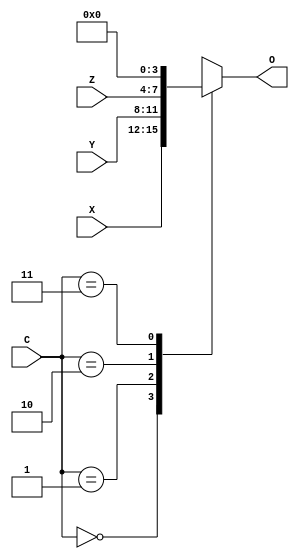
module MUX4bit3to1(X,Y,Z,C,O);
	input wire [3:0]X;
	input wire [3:0]Y;
	input wire [3:0]Z;
	input wire [1:0]C;
	output reg [3:0]O;
	always @(X,Y,Z,C)
	begin
		case(C)
			2'b00: O<=X;
			2'b01: O<=Y;
			2'b10: O<=Z;
			2'b11: O<=0;
		endcase
	end
endmodule

module MUX1bit3to1(X,Y,Z,C,O);
	input wire X;
	input wire Y;
	input wire Z;
	input wire [1:0]C;
	output reg O;
	always @(X,Y,Z,C)
	begin
		case(C)
			2'b00: O<=X;
			2'b01: O<=Y;
			2'b10: O<=Z;
			2'b11: O<=0;
		endcase
	end
endmodule

module MUX4bit2to1(X,Y,C,O);
	input wire [3:0]X;
	input wire [3:0]Y;
	input wire C;
	output reg [3:0]O;
	always @(X,Y,C)
	begin
		case(C)
			1'b0: O<=X;
			1'b1: O<=Y;
		endcase
	end
endmodule